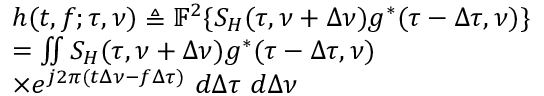
\begin{array} { r l } & { h ( t , f ; \tau , \nu ) \triangleq \mathbb { F } ^ { 2 } \{ S _ { H } ( \tau , \nu + \Delta \nu ) g ^ { * } ( \tau - \Delta \tau , \nu ) \} } \\ & { = \iint S _ { H } ( \tau , \nu + \Delta \nu ) g ^ { * } ( \tau - \Delta \tau , \nu ) } \\ & { \times e ^ { j 2 \pi ( t \Delta \nu - f \Delta \tau ) } ~ d \Delta \tau ~ d \Delta \nu } \end{array}